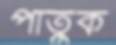
পাতুক